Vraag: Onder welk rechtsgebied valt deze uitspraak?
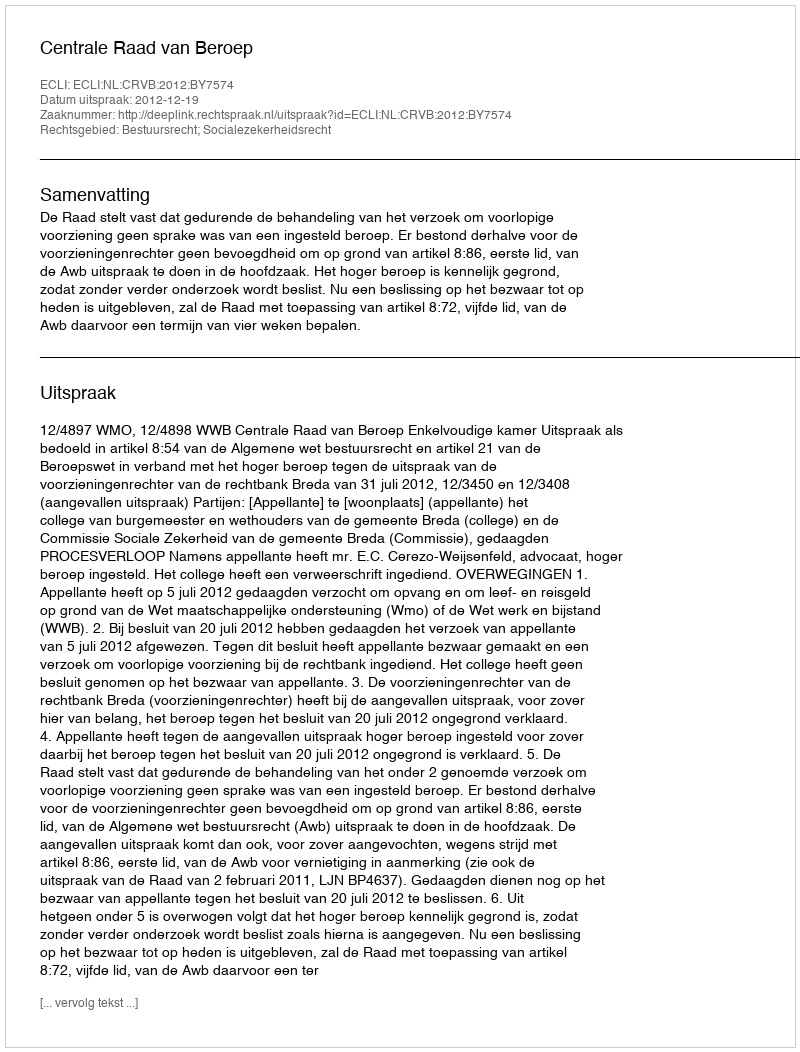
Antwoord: Bestuursrecht; Socialezekerheidsrecht